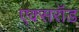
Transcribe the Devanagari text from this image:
एक्सरॉड